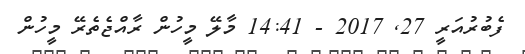
ފެބުރުއަރީ 27